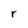
Character: r